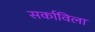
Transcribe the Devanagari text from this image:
सर्काविला